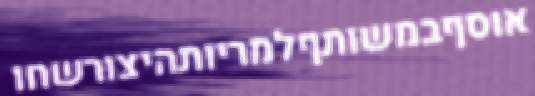
אוסףבמשותףלמריותהיצורשחו